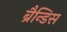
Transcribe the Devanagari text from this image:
ब्रैन्डिस